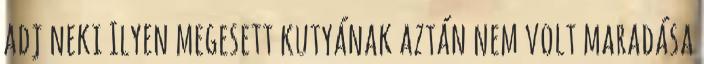
adj neki Ilyen megesett kutyának aztán nem volt maradása